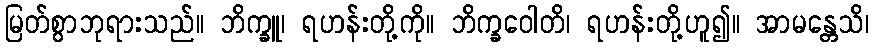
မြတ်စွာဘုရားသည်။ ဘိက္ခူ၊ ရဟန်းတို့ကို။ ဘိက္ခဝေါတိ၊ ရဟန်းတို့ဟူ၍။ အာမန္တေသိ၊